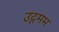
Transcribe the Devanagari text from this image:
उद्गमम